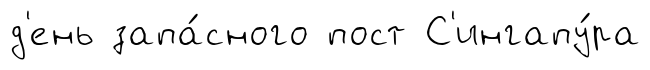
д'ень запа́сного пост С'ингапу́ра